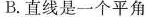
B.直线是一个平角